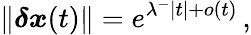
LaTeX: \lVert\boldsymbol{\delta x}(t)\rVert=e^{\lambda^{-}|t|+o(t)}\, ,